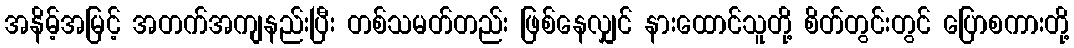
အနိမ့်အမြင့် အတက်အကျနည်းပြီး တစ်သမတ်တည်း ဖြစ်နေလျှင် နားထောင်သူတို့ စိတ်တွင်းတွင် ပြောစကားတို့